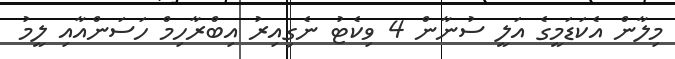
މިލާން އެކަޑަމީގެ އަލީ ސުނާން 4 ވިކެޓު ނެގިއިރު އިބްރާހިމް ހަސަންއާއި ލީމު